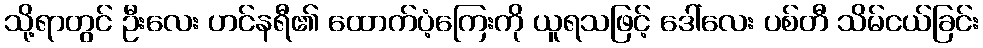
သို့ရာတွင် ဦးလေး ဟင်နရီ၏ ထောက်ပံ့ကြေးကို ယူရသဖြင့် ဒေါ်လေး ပစ်တီ သိမ်ငယ်ခြင်း